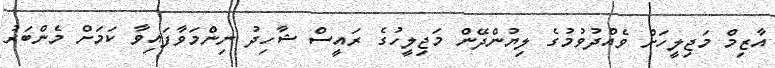
އާޒިމް މަޖިލީހަށް ވެއްދުވުމުގެ ލިޔުންދޭން މަޖިލީހުގެ ރައީސް ޝާހިދު ނިންމަވާފައިވާ ކަމަށް މެންބަރު